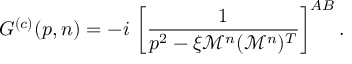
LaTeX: G ^ { ( c ) } ( p , n ) = - i \, \left[ \frac { 1 } { p ^ { 2 } - \xi \mathcal { M } ^ { n } ( \mathcal { M } ^ { n } ) ^ { T } } \right] ^ { A B } .